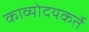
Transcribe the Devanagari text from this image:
काव्योदयकर्ते